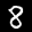
Label: 8